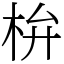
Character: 㭓